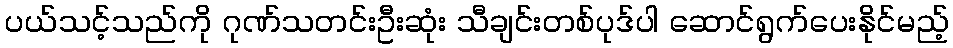
ပယ်သင့်သည်ကို ဂုဏ်သတင်းဦးဆုံး သီချင်းတစ်ပုဒ်ပါ ဆောင်ရွက်ပေးနိုင်မည့်